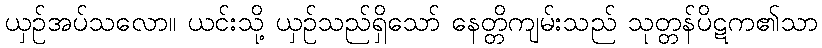
ယှဉ်အပ်သလော။ ယင်းသို့ ယှဉ်သည်ရှိသော် နေတ္တိကျမ်းသည် သုတ္တန်ပိဋက၏သာ